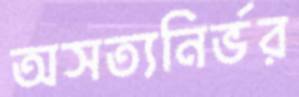
অসত্যনির্ভর